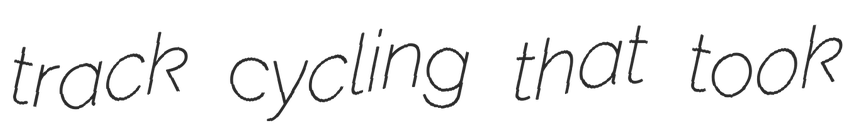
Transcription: track cycling that took